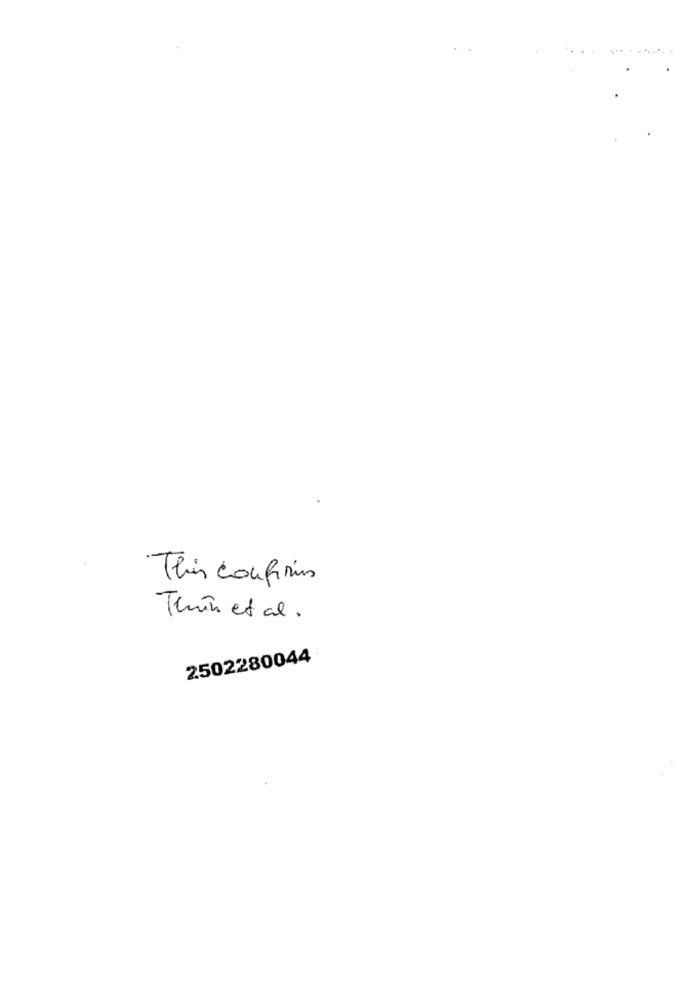
This confirms
Thin et al .
2502280044